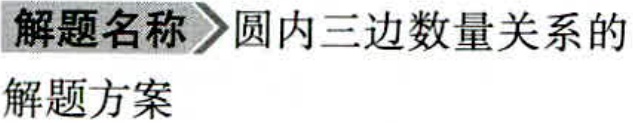
解题名称\rightarrow 圆内三边数量关系的

解题方案